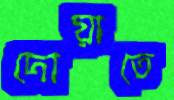
দোয়াতে